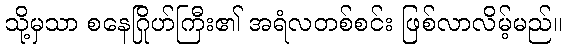
သို့မှသာ စနေဂြိုဟ်ကြီး၏ အရံလတစ်စင်း ဖြစ်လာလိမ့်မည်။